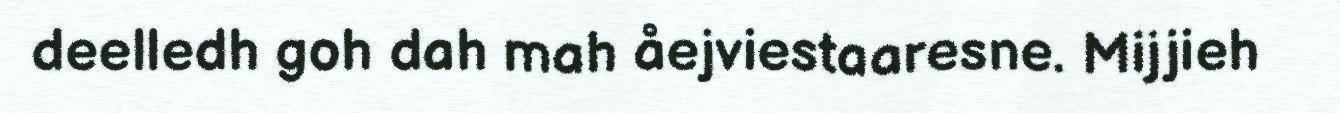
deelledh goh dah mah åejviestaaresne. Mijjieh